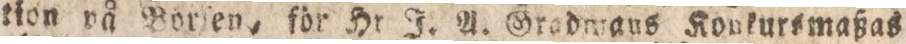
tion på Borſen, för Hr J. A. Gradwaus Konkursmaßas